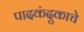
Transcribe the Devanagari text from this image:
पादकंदुकाचे